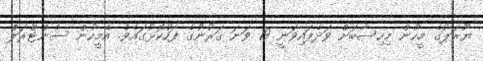
ޔޫރަޕުގެ މީހުން މިހިސާބަށް ވަދެފައިވަނީ 19 ވަނަ ޤަރުނުގެ ފަހުކޮޅުގައެވެ. އެމީހުން ސެންޓްރަލް